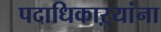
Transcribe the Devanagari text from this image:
पदाधिकाऱ्यांना